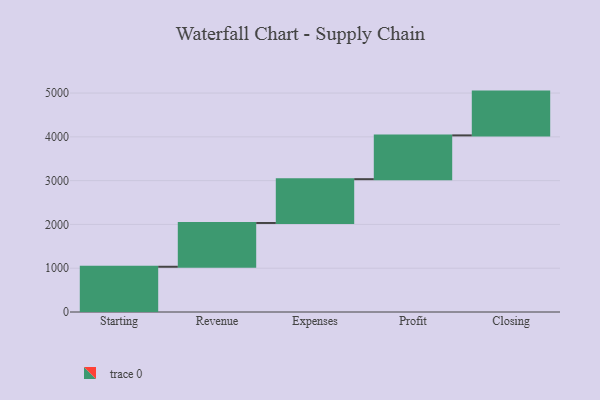
{"axis": {"x": "Step", "y": "Value"}, "legend": [""], "data": [{"x": "Starting", "y": 1033.0, "type": ""}, {"x": "Revenue", "y": 1000, "type": ""}, {"x": "Expenses", "y": 1000, "type": ""}, {"x": "Profit", "y": 1000, "type": ""}, {"x": "Closing", "y": 1000, "type": ""}]}